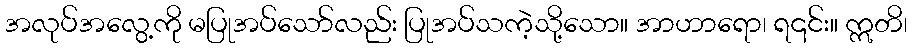
အလုပ်အလွေ့ကို မပြုအပ်သော်လည်း ပြုအပ်သကဲ့သို့သော။ အာဟာရော၊ ရ၎င်း။ ဣတိ၊